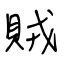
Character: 賊